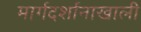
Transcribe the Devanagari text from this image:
मार्गदर्शानाखाली